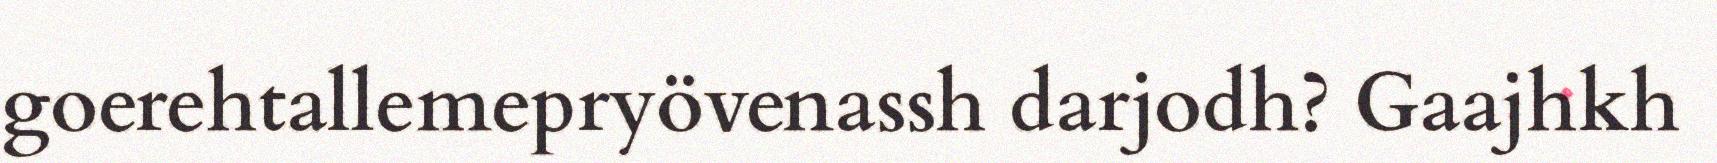
goerehtallemepryövenassh darjodh? Gaajhkh